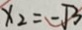
x _ { 2 } = - \sqrt { 3 }